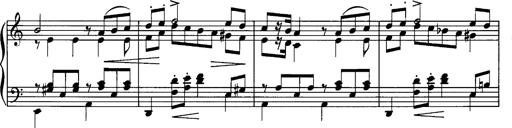
Title: La romanesca
Composer: Franz Liszt